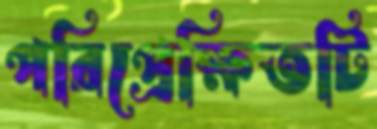
পরিপ্রেক্ষিতটি